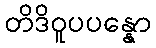
တိဒိဝူပပန္နော